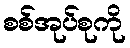
စစ်အုပ်စုကို